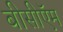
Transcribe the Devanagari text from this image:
बीसीऍम